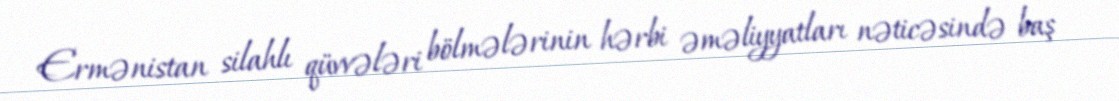
Ermənistan silahlı qüvvələri bölmələrinin hərbi əməliyyatları nəticəsində baş